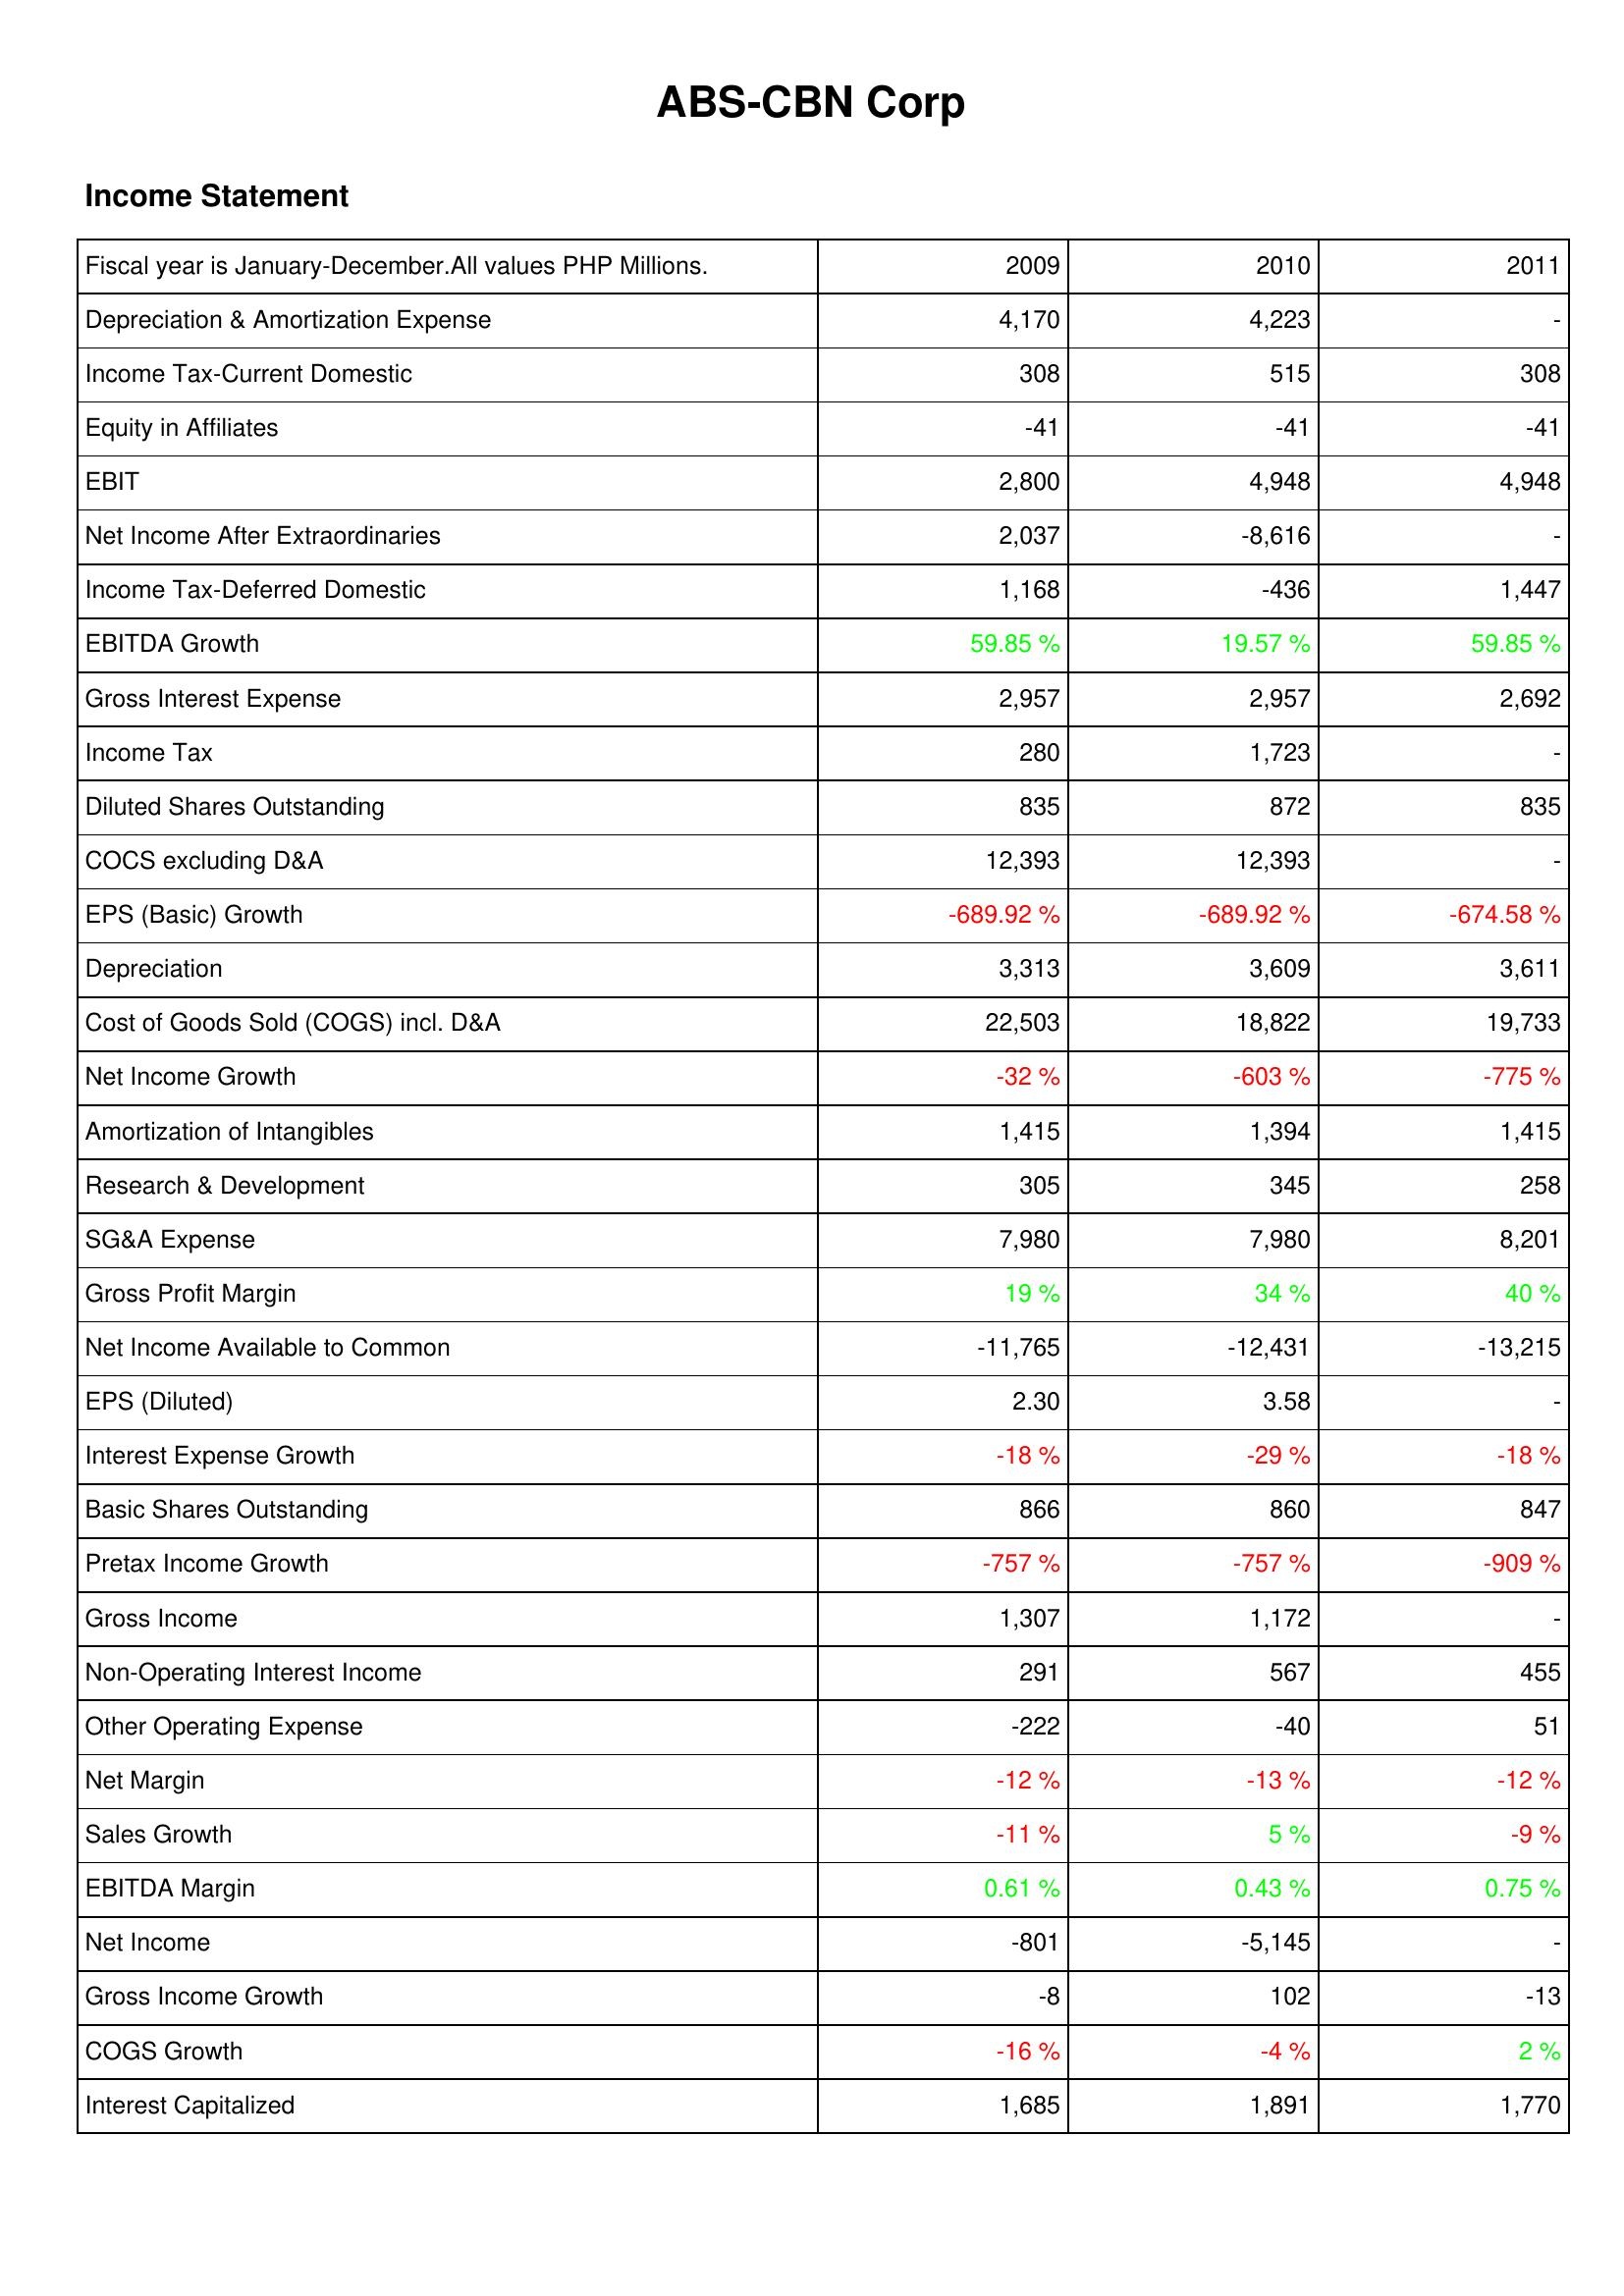
2009: Income Statement: Depreciation & Amortization Expense: 4,170
Income Tax-Current Domestic: 308
Equity in Affiliates: -41
EBIT: 2,800
Net Income After Extraordinaries: 2,037
Income Tax-Deferred Domestic: 1,168
EBITDA Growth: 59.85 %
Gross Interest Expense: 2,957
Income Tax: 280
Diluted Shares Outstanding: 835
COCS excluding D&A: 12,393
EPS (Basic) Growth: -689.92 %
Depreciation: 3,313
Cost of Goods Sold (COGS) incl. D&A: 22,503
Net Income Growth: -32 %
Amortization of Intangibles: 1,415
Research & Development: 305
SG&A Expense: 7,980
Gross Profit Margin: 19 %
Net Income Available to Common: -11,765
EPS (Diluted): 2.30
Interest Expense Growth: -18 %
Basic Shares Outstanding: 866
Pretax Income Growth: -757 %
Gross Income: 1,307
Non-Operating Interest Income: 291
Other Operating Expense: -222
Net Margin: -12 %
Sales Growth: -11 %
EBITDA Margin: 0.61 %
Net Income: -801
Gross Income Growth: -8
COGS Growth: -16 %
Interest Capitalized: 1,685
2010: Income Statement: Depreciation & Amortization Expense: 4,223
Income Tax-Current Domestic: 515
Equity in Affiliates: -41
EBIT: 4,948
Net Income After Extraordinaries: -8,616
Income Tax-Deferred Domestic: -436
EBITDA Growth: 19.57 %
Gross Interest Expense: 2,957
Income Tax: 1,723
Diluted Shares Outstanding: 872
COCS excluding D&A: 12,393
EPS (Basic) Growth: -689.92 %
Depreciation: 3,609
Cost of Goods Sold (COGS) incl. D&A: 18,822
Net Income Growth: -603 %
Amortization of Intangibles: 1,394
Research & Development: 345
SG&A Expense: 7,980
Gross Profit Margin: 34 %
Net Income Available to Common: -12,431
EPS (Diluted): 3.58
Interest Expense Growth: -29 %
Basic Shares Outstanding: 860
Pretax Income Growth: -757 %
Gross Income: 1,172
Non-Operating Interest Income: 567
Other Operating Expense: -40
Net Margin: -13 %
Sales Growth: 5 %
EBITDA Margin: 0.43 %
Net Income: -5,145
Gross Income Growth: 102
COGS Growth: -4 %
Interest Capitalized: 1,891
2011: Income Statement: Depreciation & Amortization Expense: -
Income Tax-Current Domestic: 308
Equity in Affiliates: -41
EBIT: 4,948
Net Income After Extraordinaries: -
Income Tax-Deferred Domestic: 1,447
EBITDA Growth: 59.85 %
Gross Interest Expense: 2,692
Income Tax: -
Diluted Shares Outstanding: 835
COCS excluding D&A: -
EPS (Basic) Growth: -674.58 %
Depreciation: 3,611
Cost of Goods Sold (COGS) incl. D&A: 19,733
Net Income Growth: -775 %
Amortization of Intangibles: 1,415
Research & Development: 258
SG&A Expense: 8,201
Gross Profit Margin: 40 %
Net Income Available to Common: -13,215
EPS (Diluted): -
Interest Expense Growth: -18 %
Basic Shares Outstanding: 847
Pretax Income Growth: -909 %
Gross Income: -
Non-Operating Interest Income: 455
Other Operating Expense: 51
Net Margin: -12 %
Sales Growth: -9 %
EBITDA Margin: 0.75 %
Net Income: -
Gross Income Growth: -13
COGS Growth: 2 %
Interest Capitalized: 1,770